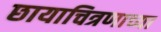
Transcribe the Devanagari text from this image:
छायाचित्रणाच्या